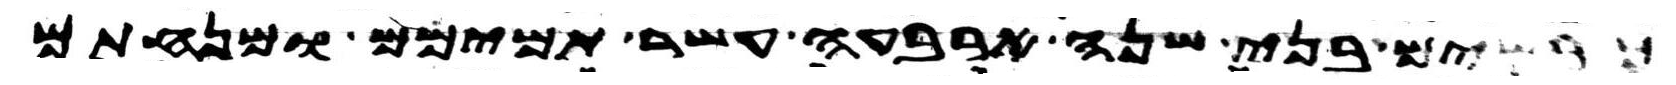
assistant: כבשים בני שנה ארבעה עשר תמימם ומנחתם